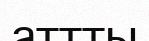
аттты